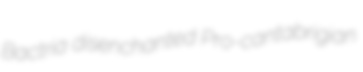
Bactria disenchanted Pro-cantabrigian